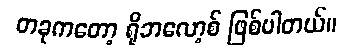
တခုကတော့ ရိုဘလော့စ် ဖြစ်ပါတယ်။